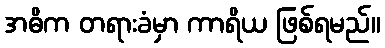
အဓိက တရားခံမှာ ကာရိယ ဖြစ်ရမည်။